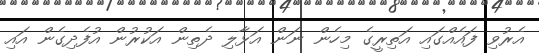
އެރުވި ފައެއްގައި އަތިރީގެ މިހެން ނަން އަޅާލި ދެތިން އަކުރުން އުފެދިގެން އައި